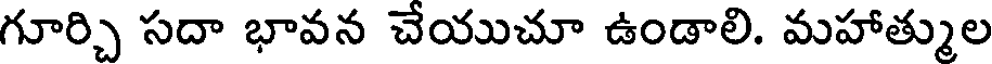
గూర్చి సదా భావన చేయుచూ ఉండాలి. మహాత్ముల